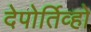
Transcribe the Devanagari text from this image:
देपोर्तिव्हो